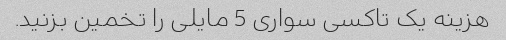
هزینه یک تاکسی سواری 5 مایلی را تخمین بزنید.